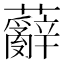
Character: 𮓑